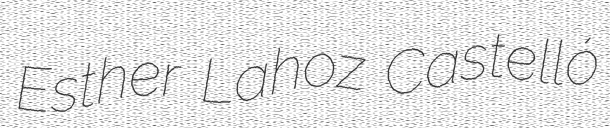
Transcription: Esther Lahoz Castelló